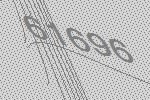
61696